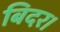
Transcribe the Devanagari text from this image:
बिदर।